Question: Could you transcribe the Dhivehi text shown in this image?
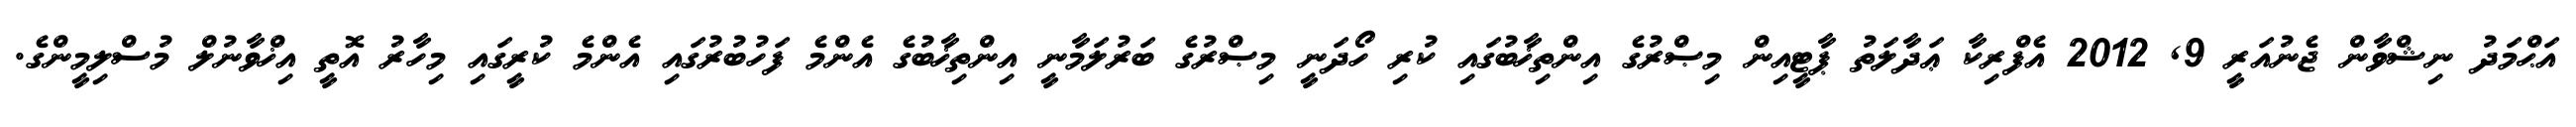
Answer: އަޙްމަދު ނިޝްވާން ޖެނުއަރީ 9, 2012 އެފްރިކާ ޢަދާލަތު ޕާޓީއިން މިޞްރުގެ އިންތިޚާބުގައި ކުރި ހޯދަނީ މިޞްރުގެ ބަރުލަމާނީ އިންތިޚާބުގެ އެންމެ ފަހުބުރުގައި އެންމެ ކުރީގައި މިހާރު އޮތީ އިޚްވާނުލް މުސްލިމީންގެ.